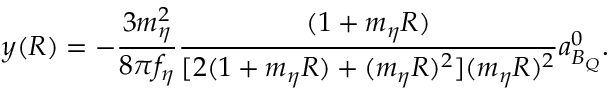
y ( R ) = - \frac { 3 m _ { \eta } ^ { 2 } } { 8 \pi f _ { \eta } } \frac { ( 1 + m _ { \eta } R ) } { [ 2 ( 1 + m _ { \eta } R ) + ( m _ { \eta } R ) ^ { 2 } ] ( m _ { \eta } R ) ^ { 2 } } a _ { B _ { Q } } ^ { 0 } .